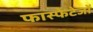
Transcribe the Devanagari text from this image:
फास्फेटेजों